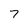
Character: 7